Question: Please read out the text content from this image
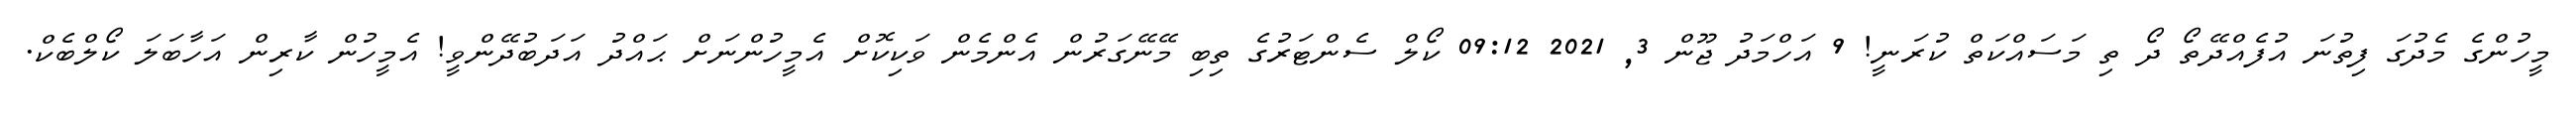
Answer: މީހުންގެ މެދުގަ ފިތުނަ އުފެއްދޭތޯ ދޯ ތި މަސައްކަތް ކުރަނީ! 9 އަހްމަދު ޖޫން 3, 2021 09:12 ކޯލް ސެންޓަރުގެ ތިބި މޭނޭގަރުން އެންމެން ވަކިކޮށް އެމީހުންނަށް ޙައްދު އަދަބުދޭންވީ! އެމީހުން ކާރިން އަހާބަލަ ކޯލްބެކް.